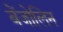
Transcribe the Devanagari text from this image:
बेंजोलिन